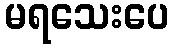
မရသေးပေ